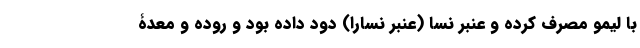
با لیمو مصرف کرده و عنبر نسا (عنبر نسارا) دود داده بود و روده و معدۀ